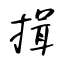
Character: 揖